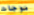
موجات